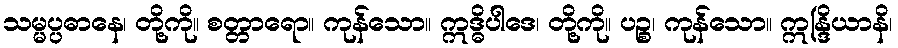
သမ္မပ္ပဓာနေ၊ တို့ကို။ စတ္တာရော။ ကုန်သော။ ဣဒ္ဓိပါဒေ၊ တို့ကို။ ပဉ္စ၊ ကုန်သော။ ဣန္ဒြိယာနိ၊